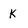
Character: k